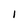
Character: 1